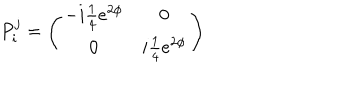
P _ { i } ^ { j } = \left( \begin{array} { c c } { { - i { \textstyle { \frac { 1 } { 4 } } } e ^ { 2 \phi } } } & { { 0 } } \\ { { 0 } } & { { i { \textstyle { \frac { 1 } { 4 } } } e ^ { 2 \phi } } } \\ \end{array} \right)